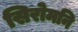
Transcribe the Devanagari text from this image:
सिरोमनि